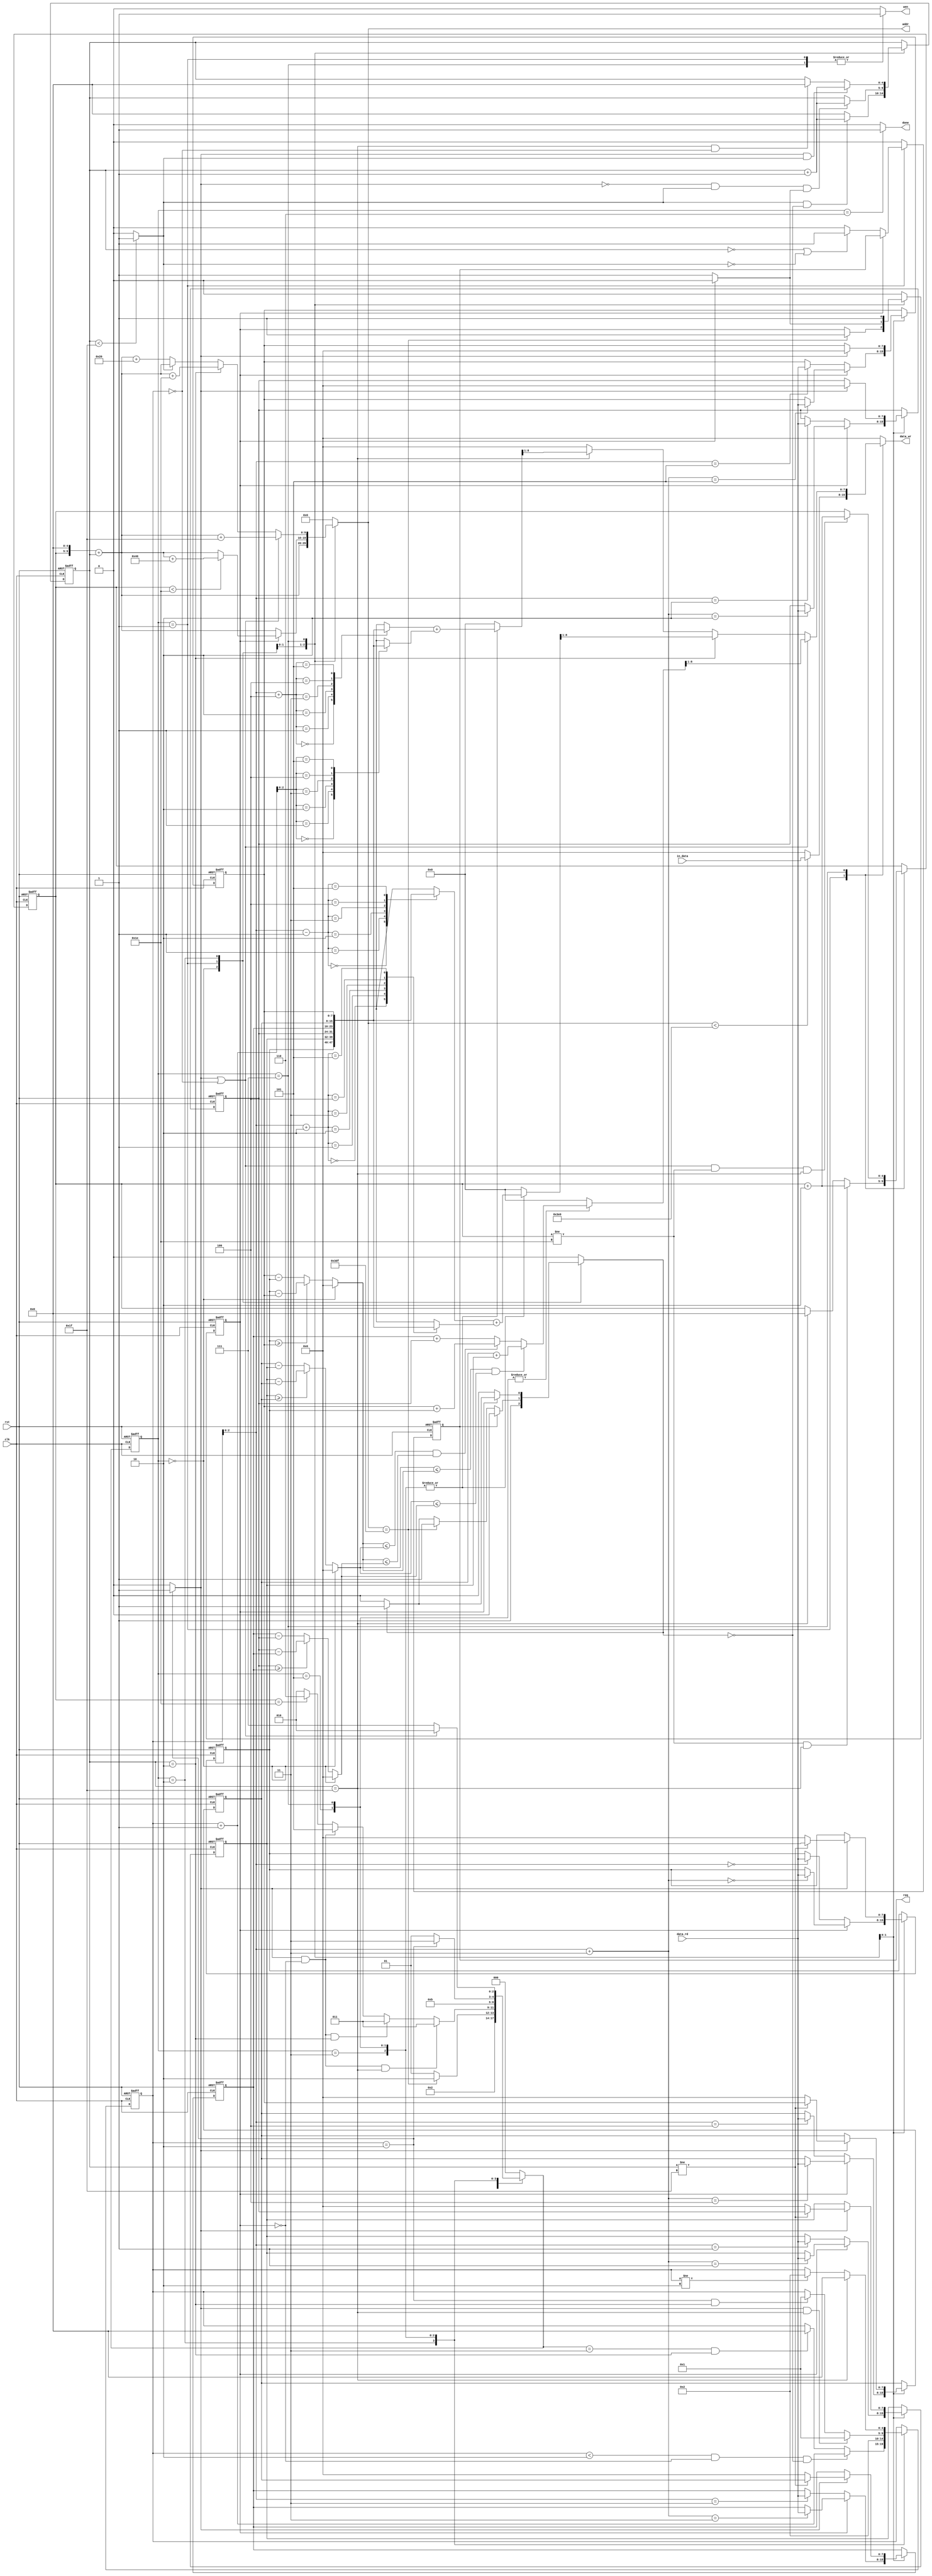
`timescale 1ns/10ps

module ELA(clk, rst, in_data, data_rd, req, wen, addr, data_wr, done);

	input				clk;
	input				rst;
	input		[7:0]	in_data;
	input		[7:0]	data_rd;
	output				req;
	output				wen;
	output		[9:0]	addr;
	output		[7:0]	data_wr;
	output				done;
	//integer 			idx;
	
	reg				req;
	reg				wen;
	reg		[9:0]	addr;
	wire	[9:0]	addrtmp;
	
	reg		[7:0]	data_wr;
	reg				done;
	
	reg				data_store_finish;
	wire				data_store_finish1;
	reg  	[4:0] countcol;
	wire countcol1;
	wire  	[4:0] countcoladder;
	reg  	[4:0] countrow;
	wire   [8:0]  side_inter;
	wire   [8:0]  side_inter1;
	wire   [7:0]  core_inter;

	wire     [7:0]  core_right;//signed
	wire     [7:0]  core_left;//signed
	
	reg 	[7:0]	data_minus_compare[2:0];
	reg		[7:0]	data_interloping [5:0];
	
	reg		[8:0]	data_interloping1;
	reg		[8:0]	data_interloping2;
	reg		[8:0]	data_interloping3;
	
	reg     [4:0]   counter;
	wire    [4:0]   counterdder;
	wire       counter1;
	
	reg 	[2:0]	state;//0~7
	reg 	[2:0]	nstate;//0~7
	
	reg     set;
	
	//state 0 reset
	//state 1 reading data in GL & pasting data in RL
	//state 2 reading data in RL 
	//state 3 ela interloping (head & tail)
	//state 5 middle
	//state 7 pasting result in RL & shiftimg
	//state 6 finish
	//------------------------------------------------
	
	always@(posedge clk or posedge rst)begin //counter
		if(rst)
			counter <= 0;
		else begin
			case (state)
				2:begin
					if ((counter < 2)&&(data_store_finish == 0)&&(set == 0))
						counter <= counterdder;
					else if ((nstate == 3)&&(countcol == 2))
						counter <= 0;
					else
						counter <= counter ;
				end
				3:begin
					counter <= 2;
				end
				/*4:begin
					if(countcol == 31)
						counter <= 0;
					else
						counter <= 2;
				end*/
				5:begin
					if ((counter1)&&(countcol == 31))
						counter <= 1;
					else if ((counter == 2)&&(countcol == 2))
						counter <= 1;
					else 
						counter <= counter ;
				end
				7:begin
					if(countcol == 31)
						counter <= 0 ;
					else if(counter != 2)
						counter <= 2;
				end
				default: begin
					counter <= counter ;
				end
			endcase
		end
	end
	
	always@(posedge clk or posedge rst)begin //state
		if(rst)
			state <= 0;
		else 
			state <= nstate;
	end
	
	assign counter1 = (counter == 2) ? 1:0;
	
	always@(*)begin //nstate
			case(state)
				0:begin
					nstate = 1;
				end
				1:begin
					if (addr == 991)
						nstate = 2;
					else
						nstate = 1;
					end
				2:begin
					if ((counter1)&&(data_store_finish == 0)&&(countcol == 31))
						nstate = 3;
					else if ((counter1)&&(data_store_finish == 0)&&(countcol == 2))
						nstate = 3;
					else if ((counter1)&&(data_store_finish == 0))
						nstate = 5;
					else if (countrow == 30)
						nstate = 6;
					else
						nstate = 2;
				end
				3:begin
						nstate = 5;
				end
				/*4:begin
						nstate = 2;
				end*/
				5:begin
					if(addr == 991)
						nstate = 6;
					if (counter == 2)
						nstate = 7;
					else
						nstate = 5;
				end
				7:begin
					if (counter1||(counter==0))
						nstate = 2;
					else
						nstate = 7;
				end
				default:begin
						nstate = 0;//nstate
				end
			endcase
	end
	assign counterdder = counter + 1;
	assign countcoladder = countcol + 1;
	assign countcol1 = (countcol < 31) ? 1:0;
	always@(posedge clk or posedge rst)begin //countcol
		if(rst) 
			countcol <= 0;
		else begin 
			case(state)
				1:begin
					if(countcol1&&(set == 0))
						countcol <= countcoladder;//countcol + 1;
					else
						countcol <= 0;
				end
				2:begin
					if((!counter1)&&(countcol1)&&(data_store_finish1))
						countcol <= countcoladder;//countcol + 1;
					else 
						countcol <= countcol;
				end
				7:begin
					if((counter1) && countcol1 )
						countcol <= countcoladder;//countcol + 1;
					else if((countcol==31)&&(counter==0))
						countcol <= 0;
					else 
						countcol <= countcol;
				end
				default:begin
					countcol <= countcol;
				end
			endcase
		end
	end
	
	always@(posedge clk or posedge rst)begin //countrow
		if(rst)
			countrow <= 0;
		else begin
			case(state)
				1:begin
					if((countrow != 30)&&(countcol == 31))
						countrow <= countrow + 2 ;
					else if(countcol == 31)
						countrow <= 0;
					else
						countrow <= countrow;
				end
				7:begin
					if((counter1||(counter==0))&&(countrow != 30)&&(countcol == 31))
						countrow <= countrow + 2 ;
					else
						countrow <= countrow;
				end
				default:begin
					countrow <= countrow;
				end
		endcase
	end
end
	
	always@(*)begin //data_minus_compare
		//if(rst)begin
			//data_minus_compare[0] = 0;
			//data_minus_compare[1] = 0;
			//data_minus_compare[2] = 0;
			//end
		//else begin
			case(state)
				0:begin
					data_minus_compare[0] = 0;
					data_minus_compare[1] = 0;
					data_minus_compare[2] = 0;
				end
				2,3,5:begin
					data_minus_compare[0] = core_left;
					data_minus_compare[1] = core_inter;
					data_minus_compare[2] = core_right;
					end	
				default:begin
					data_minus_compare[0] = core_left;
					data_minus_compare[1] = core_inter;
					data_minus_compare[2] = core_right;
				end
			endcase
			end
	//end
	
	always@(*)begin
		//if(rst)begin
			//data_interloping1 = 0;
		//end
		//else begin
			case(state)
				3,5,7:begin
					if(countcol==2)
						data_interloping1 = side_inter1;
					else
						data_interloping1 = 0;//data_interloping1;
				end
				default:begin
					data_interloping1 = 0;//data_interloping1; //data_interloping1;
				end
			endcase
		end
	//end
	
	always@(*)begin
		//if(rst)begin
			//data_interloping3 = 0;
		//end
		//else begin
			case(state)
				3,5,7:begin
					if(countcol==31)
						data_interloping3 = side_inter;
					else
						data_interloping3 = 0;//data_interloping3;
				end
				default:begin
					data_interloping3 = 0;//data_interloping3;
				end
			endcase
		end
	//end
	
	always@(*)begin
		//if(rst)begin
			//data_interloping2 = 0;
		//end
		//else begin
			case(state)
				0:begin
					data_interloping2 = 0;
				end
				5,7:begin
					if((data_minus_compare[1] <= data_minus_compare[0])&&(data_minus_compare[1] <= data_minus_compare[2]))
						data_interloping2 = (data_interloping[4] + data_interloping[1]);
					else if((data_minus_compare[0] <= data_minus_compare[1])&&(data_minus_compare[0] <= data_minus_compare[2]))
						data_interloping2 = (data_interloping[5] + data_interloping[0]);
					else 
						data_interloping2 = (data_interloping[3] + data_interloping[2]);
				end
				default:begin
					data_interloping2 = 0;//data_interloping2;
				end
			endcase
		end
	//end
	
	always@(posedge clk or posedge rst)begin//data_interloping
		if(rst)begin
			data_interloping[0] <= 0;
			data_interloping[1] <= 0;
			data_interloping[2] <= 0;
			data_interloping[3] <= 0;
			data_interloping[4] <= 0;
			data_interloping[5] <= 0;
		end
		else begin
			case(state)
				2:begin
					if(data_store_finish == 0)
						data_interloping[counter] <= data_rd;
					else
						data_interloping[counter+3] <= data_rd;
				end
				7:begin
					if (counter1)begin
						if(countcol != 31)begin
							data_interloping[0] <= data_interloping[1];
							data_interloping[1] <= data_interloping[2];
							data_interloping[2] <= 0;
							data_interloping[3] <= data_interloping[4];
							data_interloping[4] <= data_interloping[5];
							data_interloping[5] <= 0;
						end
						else begin
							data_interloping[0] <= 0;
							data_interloping[1] <= 0;
							data_interloping[2] <= 0;
							data_interloping[3] <= 0;
							data_interloping[4] <= 0;
							data_interloping[5] <= 0;
						end
					end
				end
				default:begin
					data_interloping[0] <= data_interloping[0];
					data_interloping[1] <= data_interloping[1];
					data_interloping[2] <= data_interloping[2];
					data_interloping[3] <= data_interloping[3];
					data_interloping[4] <= data_interloping[4];
					data_interloping[5] <= data_interloping[5];
				end
		endcase
	end
end
	
	assign	core_left = (data_interloping[0] >= data_interloping[5])?(data_interloping[0] - data_interloping[5]):(data_interloping[5] - data_interloping[0]);

	assign	core_right = (data_interloping[2]>= data_interloping[3])?(data_interloping[2] - data_interloping[3]):(data_interloping[3] - data_interloping[2]);

	assign	core_inter = (data_interloping[1] >= data_interloping[4])?(data_interloping[1] - data_interloping[4]):(data_interloping[4] - data_interloping[1]);
	
	always@(posedge clk or posedge rst)begin//data_store_finish
	if(rst)
		data_store_finish <= 0;
	else begin
			case(state)
				1:begin
					if(addr == 991)
						data_store_finish <= 1;
					else
						data_store_finish <= data_store_finish;
				end
				2:begin
					if(data_store_finish != 0)
						data_store_finish <= 0;
					else
						data_store_finish <= 1;	
				end
				7:begin
						data_store_finish <= 1;
				end
				default:begin
					data_store_finish <= 0;
				end
			endcase
		end
	end
	
	assign	side_inter = (data_interloping[counter+4] + data_interloping[counterdder]);
	assign	side_inter1 = (data_interloping[counter-1] + data_interloping[counter+2]);
	assign   data_store_finish1 = (data_store_finish == 0)? 1 : 0;
	always@(*)begin //data_wr
		//if(rst)
			//data_wr = 0 ;	
		//else begin
			case(state)
				1:begin
					if(addr < 992)
						data_wr = in_data ;
					else if (!data_store_finish1)
						data_wr = 0;
					else
						data_wr = 0;
				end
				7:begin
					if ((counter1)||(counter==0))
						data_wr = data_interloping2>>1;
					else if(countcol==2)
						data_wr = data_interloping1>>1;
					else if (countcol==31)
						data_wr = data_interloping3>>1;
					else
						data_wr = 0;
				end
				default:begin
					data_wr = 0;
				end
				endcase
			end
	//end

	assign addrtmp = (countrow<<5) + countcol  ;
	
	always@(*)begin //addr
		//if(rst)
			//addr = 0;
		//else begin
			case(state)
				1:begin
					addr =  addrtmp;//countrow * 32 + countcol  ;
				end
				2:begin
					if(data_store_finish1)
						addr =  addrtmp;
					else if(countrow < 30)
						addr =  addrtmp + 64;
					else
						addr =  addrtmp;
				end

				7:begin
					if((counter1)||(counter==0))
						addr = addrtmp + 31;// (countrow+1) * 32 + (countcol) -1;
					else if (countcol == 2)
						addr =  addrtmp + 30;//(countrow+1) * 32 + (countcol) -2;
					else if (!countcol1)
						addr =  addrtmp + 32;//(countrow+1) * 32 + (countcol) ;
					else
						addr =  addrtmp;
				end
				default:begin
					addr = 0;
				end
			endcase
		end
	//end
	
	always@(*)begin //set
			//if(rst)
				//set = 0;
		//else begin
			case(state)
				0:begin
					set = 1;
				end
				1:begin
					if (req == 1)
						set = 0;
					else if(addr==991)
						set = 1;
					else if( set == 1)
						set = 1;
					else
						set = 0;
				end
				2:begin
					if(data_store_finish1)
						set = 0;
					else if( set == 1)
						set = 1;
					else
						set = 0;
				end
				default:begin
					set = 0;
				end
			endcase
		end
	//end
	
	always@(*)begin //done
		//if(rst)
				//done = 0;
		//else begin
				case(state)
					6:begin
						done = 1;
					end
					default:begin
						done = 0;
					end
				endcase
			end
	//end
	
	always@(posedge clk or posedge rst)begin //req
		if(rst)
				req <= 0;
		else begin
				case(state)
				1:begin
					if(data_store_finish1)
						if((countcol == 0)||(!countcol1))begin
							req <= 1;
						end
					else begin
						req <= 0;
					end
				end
				default:begin
						req <= 0;
					end
				endcase
			end
		end
	
	always@(*)begin //wen
	//if(rst)
		//	wen = 0;
	//else begin
			case(state)
				1,7:begin
					wen = 1;
				end
				default:begin//2
					wen = 0;
				end
			endcase
		//end
	end
	
	//----------------------------------------------
endmodule